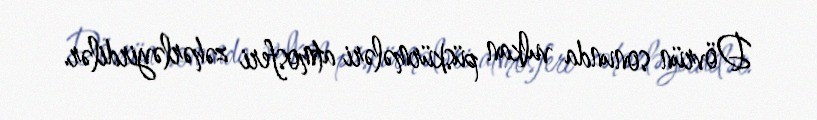
Dövrün sonunda vulkan püskürmələri atmosferi zəhərləyirdilər.